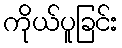
ကိုယ်ပူခြင်း